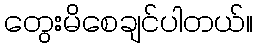
တွေးမိစေချင်ပါတယ်။